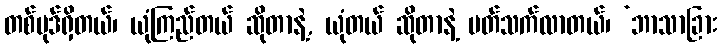
တစ်ပုဒ်ရှိတယ်၊ ယုံကြည်တယ် ဆိုတာနဲ့, ယုံတယ် ဆိုတာနဲ့ ပတ်သက်လာတယ်၊ ‘ဘာသာခြား